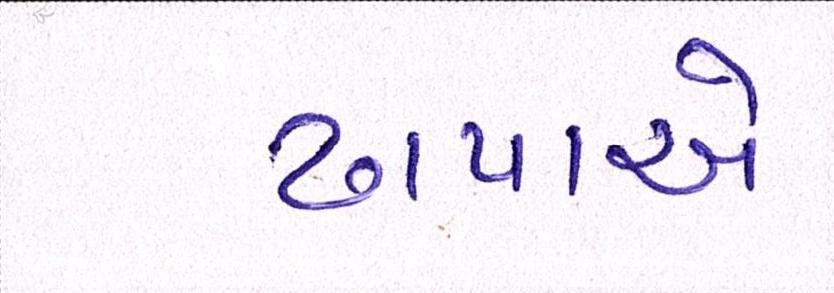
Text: ઢાપાએ